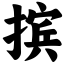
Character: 摈